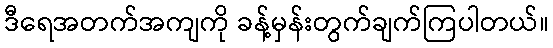
ဒီရေအတက်အကျကို ခန့်မှန်းတွက်ချက်ကြပါတယ်။